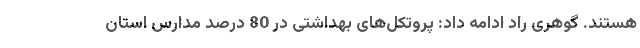
هستند. گوهری راد ادامه داد: پروتکل‌های بهداشتی در 80 درصد مدارس استان